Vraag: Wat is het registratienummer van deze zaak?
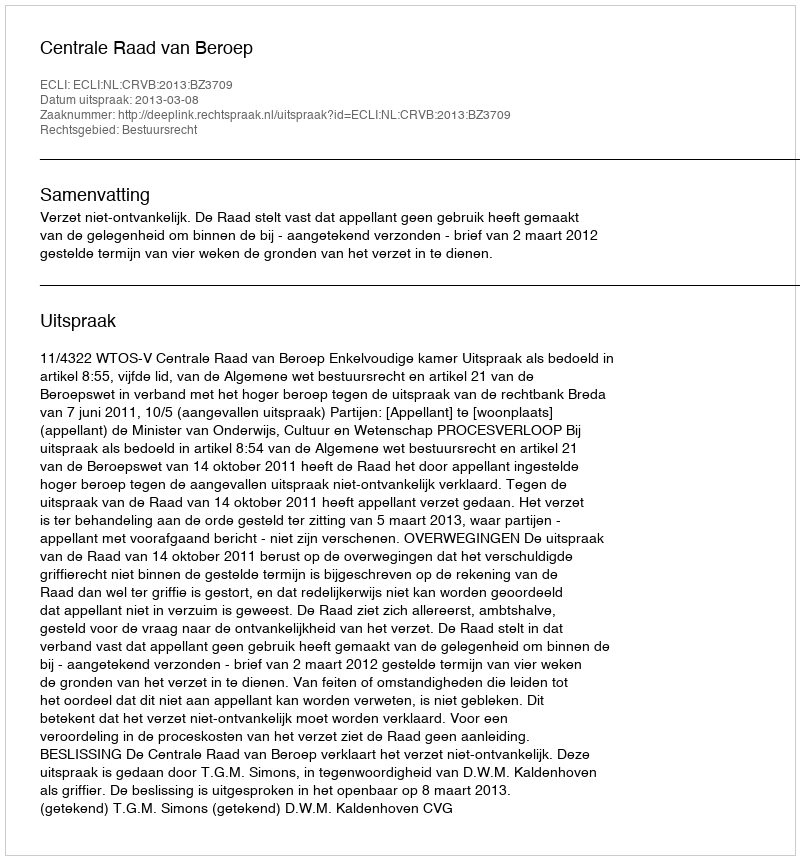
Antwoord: http://deeplink.rechtspraak.nl/uitspraak?id=ECLI:NL:CRVB:2013:BZ3709